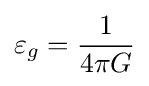
\varepsilon _{g}={\frac {1}{4\pi G}}